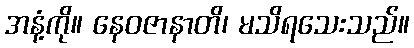
အနံ့ကို။ နေဝဇာနာတိ၊ မသိရသေးသည်။